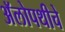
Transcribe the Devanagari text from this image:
अॅलोपथीचे